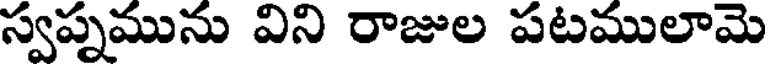
స్వప్నమును విని రాజుల పటములామె